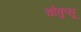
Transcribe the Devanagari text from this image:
चोकुसू